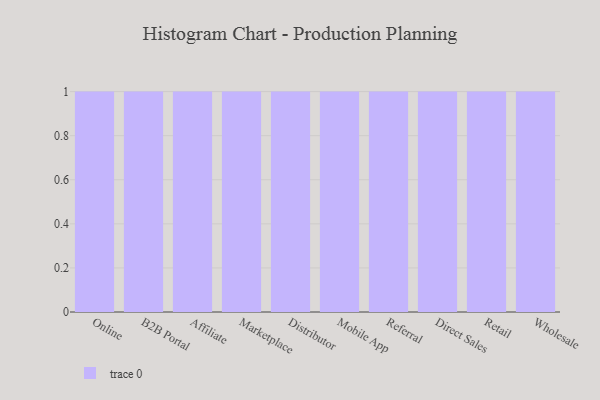
{"axis": {"x": "Channel", "y": "Latency (ms)"}, "legend": [""], "data": [{"x": "Online", "y": 32, "type": ""}, {"x": "B2B Portal", "y": 21, "type": ""}, {"x": "Affiliate", "y": 26, "type": ""}, {"x": "Marketplace", "y": 49, "type": ""}, {"x": "Distributor", "y": 73, "type": ""}, {"x": "Mobile App", "y": 11, "type": ""}, {"x": "Referral", "y": 5, "type": ""}, {"x": "Direct Sales", "y": 88, "type": ""}, {"x": "Retail", "y": 58, "type": ""}, {"x": "Wholesale", "y": 23, "type": ""}]}